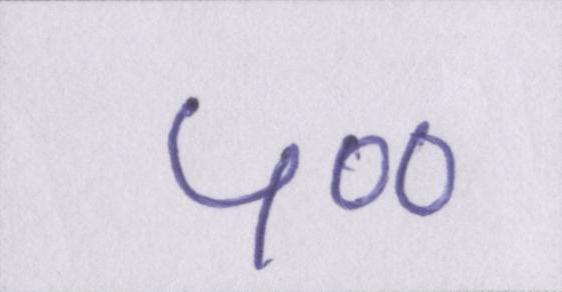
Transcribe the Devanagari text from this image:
५००